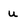
Character: u